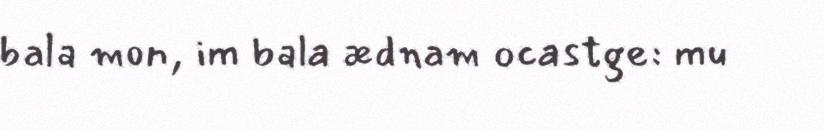
bala mon, im bala ædnam ocastge: mu